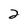
Character: 2